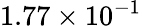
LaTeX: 1.77\times 10^{-1}